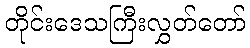
တိုင်းဒေသကြီးလွှတ်တော်